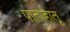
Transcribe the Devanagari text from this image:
पाताहातू